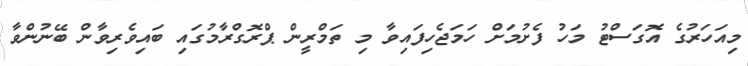
މިއަހަރުގެ އޮގަސްޓު މަހު ފެށުމަށް ހަމަޖެހިފައިވާ މި ތަމްރީން ޕްރޮގްރާމުގައި ބައިވެރިވާން ބޭނުންވާ